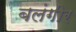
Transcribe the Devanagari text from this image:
बलंगीर